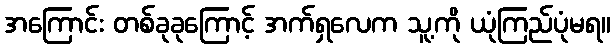
အကြောင်း တစ်ခုခုကြောင့် အက်ရှလေက သူ့ကို ယုံကြည်ပုံမရ။